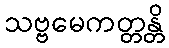
သဗ္ဗမေကတ္တန္တိ